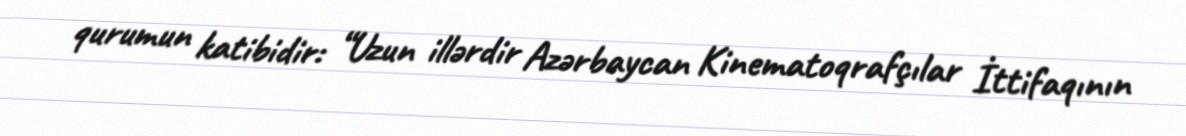
qurumun katibidir: “Uzun illərdir Azərbaycan Kinematoqrafçılar İttifaqının